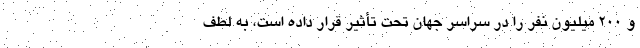
و 200 میلیون نفر را در سراسر جهان تحت تأثیر قرار داده است، به لطف